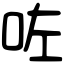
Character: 咗